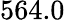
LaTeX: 564.0